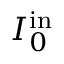
I _ { 0 } ^ { \mathrm { i n } }